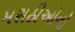
મરાઠીઓનો